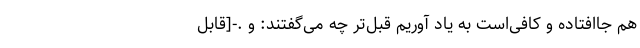
هم جا‌افتاده و کافی‌است به یاد آوریم قبل‌تر چه می‌گفتند: و .-[قابل